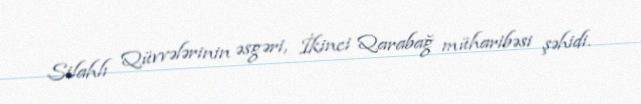
Silahlı Qüvvələrinin əsgəri, İkinci Qarabağ müharibəsi şəhidi.